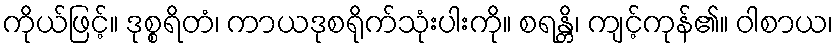
ကိုယ်ဖြင့်။ ဒုစ္စရိတံ၊ ကာယဒုစရိုက်သုံးပါးကို။ စရန္တိ၊ ကျင့်ကုန်၏။ ဝါစာယ၊